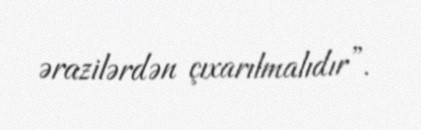
ərazilərdən çıxarılmalıdır”.